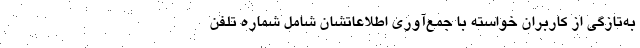
به‌تازگی از کاربران خواسته با جمع‌آوری اطلاعاتشان شامل شماره تلفن